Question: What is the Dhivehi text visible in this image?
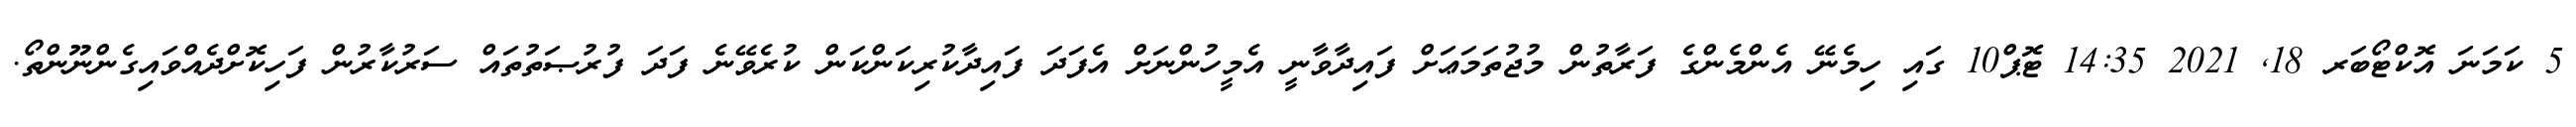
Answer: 5 ކަމަނަ އޮކްޓޯބަރ 18, 2021 14:35 ޓޮޕް10 ގައި ހިމެނޭ އެންމެންގެ ފަރާތުން މުޖުތަމަޢަށް ފައިދާވާނީ އެމީހުންނަށް އެފަދަ ފައިދާކުރިކަންކަން ކުރެވޭނެ ފަދަ ފުރުޞަތުތައް ސަރުކާރުން ފަހިކޮށްދެއްވައިގެންނޫންތޯ.